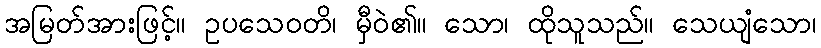
အမြတ်အားဖြင့်။ ဥပသေဝတိ၊ မှီဝဲ၏။ သော၊ ထိုသူသည်။ သေယျံသော၊